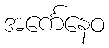
အင်္ကေနေဝ